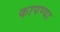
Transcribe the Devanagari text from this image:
कापण्या